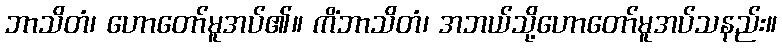
ဘာသိတံ၊ ဟောတော်မူအပ်၏။ ကိံဘာသိတံ၊ အဘယ်သို့ဟောတော်မူအပ်သနည်း။